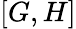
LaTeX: [G,H]